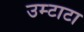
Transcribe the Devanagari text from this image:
उम्टाटा